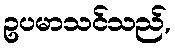
ဥပမာသင်သည်,